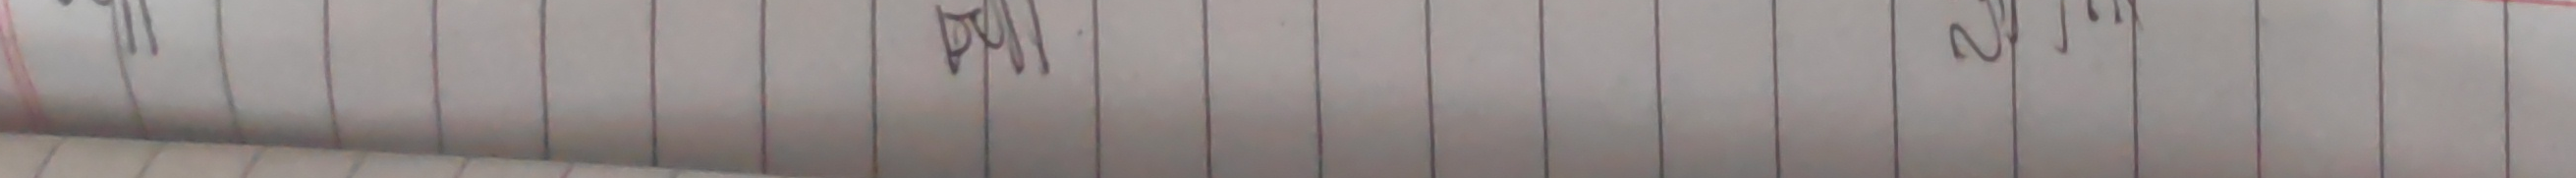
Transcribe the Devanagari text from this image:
प्राथ २/१